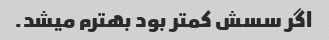
اگر سسش کمتر بود بهترم میشد.